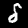
Label: 8